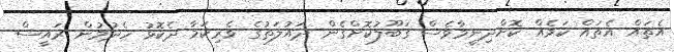
އެތައް އެތައް ކަމެއް ކޮށްދިނީމާވެސް ގަބޫލުކޮށްގެން ދައުލަތުގެ ވެރިކަމާ ދެކޮޅު ހެދުމުން ރައީސް